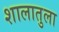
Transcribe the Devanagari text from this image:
शालातुला